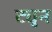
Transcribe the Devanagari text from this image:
ट्युन